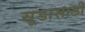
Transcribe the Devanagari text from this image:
सूडासाठी